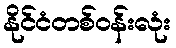
နိုင်ငံတစ်ဝန်းလုံး